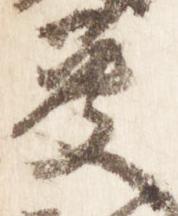
英